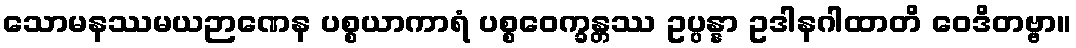
သောမနဿမယဉာဏေန ပစ္စယာကာရံ ပစ္စဝေက္ခန္တဿ ဥပ္ပန္နာ ဥဒါနဂါထာတိ ဝေဒိတဗ္ဗာ။